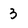
Character: 3